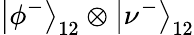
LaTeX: \left|\phi^{-}\right\rangle_{12}\otimes\left|\nu^{-}\right\rangle_{12}